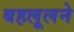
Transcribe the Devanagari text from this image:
बहलूलने